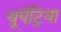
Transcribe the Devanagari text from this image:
यूपॅट्रिया